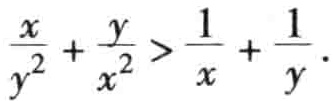
$\frac{x}{y^{2}}+\frac{y}{x^{2}}>\frac{1}{x}+\frac{1}{y}.$